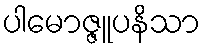
ပါမောဇ္ဇူပနိသာ